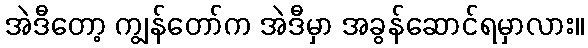
အဲဒီတော့ ကျွန်တော်က အဲဒီမှာ အခွန်ဆောင်ရမှာလား။